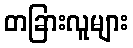
တခြားလူများ